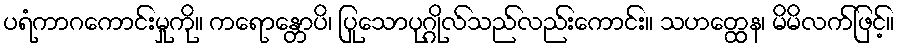
ပရံကာဂကောင်းမှုကို။ ကရောန္တောပိ၊ ပြုသောပုဂ္ဂိုလ်သည်လည်းကောင်း။ သဟတ္ထေန၊ မိမိလက်ဖြင့်။